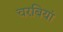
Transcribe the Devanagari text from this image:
चरबियां